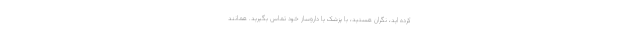
کرده اید، نگران هستید، با پزشک یا داروساز خود تماس بگیرید. همانند